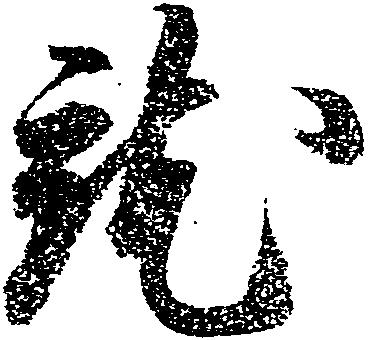
就